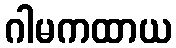
ဂါမကထာယ